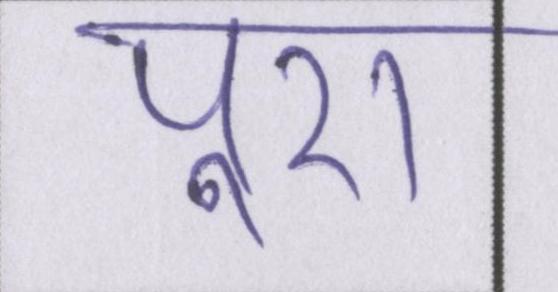
पूरा